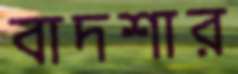
বাদশার